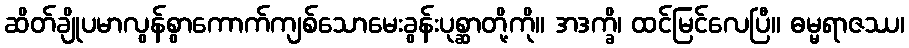
ဆိတ်ချိုပမာလွန်စွာကောက်ကျစ်သောမေးခွန်းပုစ္ဆာတို့ကို။ အဒက္ခိ၊ ထင်မြင်လေပြီ။ ဓမ္မရာဇဿ၊